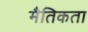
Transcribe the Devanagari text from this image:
मैतिकता